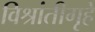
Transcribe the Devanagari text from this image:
विश्रांतीगृहे